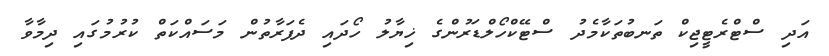
އަދި ސްޓްރެޓީޖިކް ތަނބުތަކާމެދު ސްޓޭކްހޯލްޑަރުންގެ ޚިޔާލު ހޯދައި ދެފަރާތުން މަސައްކަތް ކުރުމުގައި ދިމާވާ